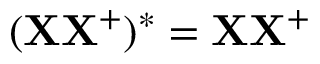
( \mathbf { X } \mathbf { X } ^ { + } ) ^ { * } = \mathbf { X } \mathbf { X } ^ { + }